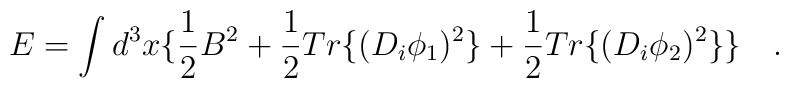
E=\int d^3x \{ \frac{1}{2} B^2+ \frac{1}{2}Tr\{(D_i\phi_1)^2\}+  \frac{1}{2}Tr\{(D_i\phi_2)^2\} \} \quad.